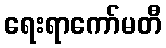
ရေးရာကော်မတီ